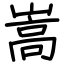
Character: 嵩